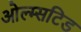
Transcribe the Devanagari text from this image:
ओल्म्सटिड